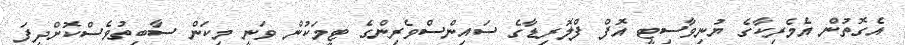
އެގޮތުން އެމެރިކާގެ ޔުނިވާސިޓީ އޮފް ފްލޮރިޑާގެ ސައިންސްވެރިންގެ ޓީމަކުން ވަނީ މިކަން ސާބިތުވެސްކޮށްދީފަ